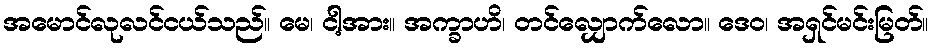
အမောင်လုလင်ငယ်သည်။ မေ၊ ငါ့အား။ အက္ခာဟိ၊ တင်လျှောက်လော။ ဒေဝ၊ အရှင်မင်းမြတ်။